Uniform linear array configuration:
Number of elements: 4
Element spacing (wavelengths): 0.75
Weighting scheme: blackman
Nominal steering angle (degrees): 0
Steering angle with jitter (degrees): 1.016
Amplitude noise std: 0.05
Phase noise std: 0.05

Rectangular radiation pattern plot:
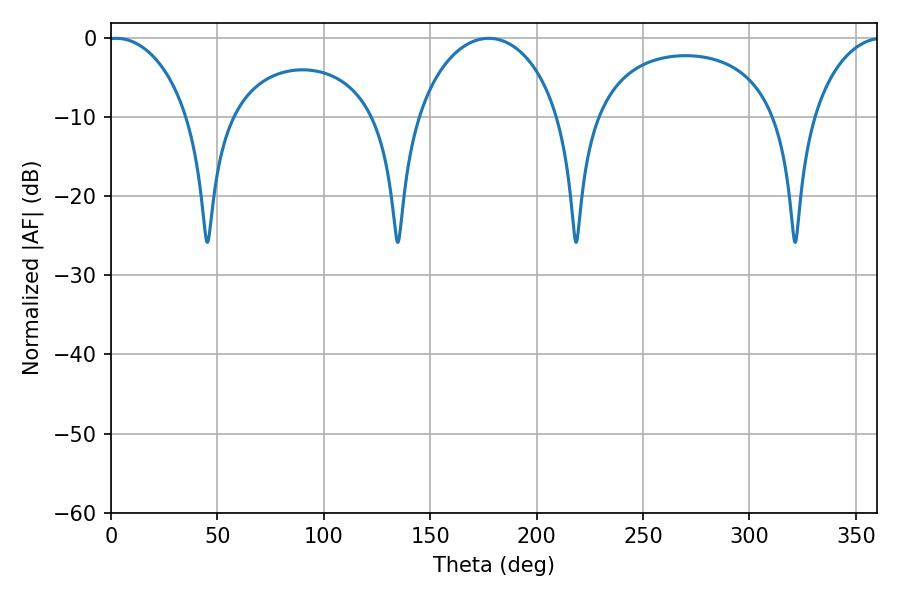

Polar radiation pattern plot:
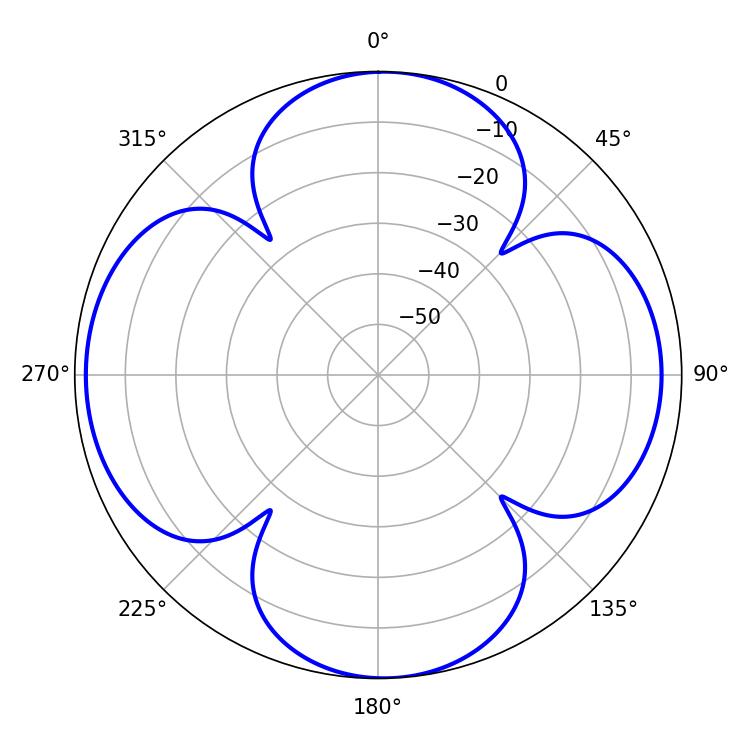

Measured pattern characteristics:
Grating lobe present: TRUE
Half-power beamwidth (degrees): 22.14
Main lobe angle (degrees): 2.52